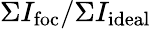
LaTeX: \Sigma I_{\mathrm{foc}}/\Sigma I_{\mathrm{ideal}}